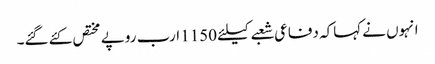
انہوں نے کہاکہ دفاعی شعبے کیلئے 1150 ارب روپے مختص کئے گئے۔